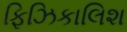
ફિઝિકાલિશ